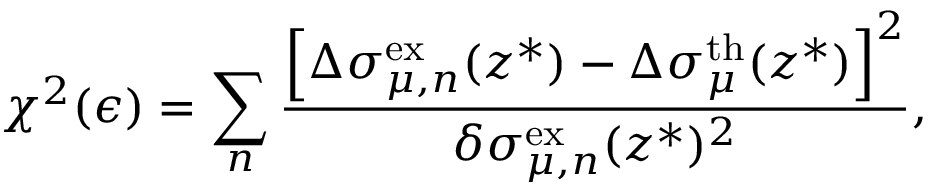
\chi ^ { 2 } ( \epsilon ) = \sum _ { n } \frac { \left[ \Delta \sigma _ { \mu , n } ^ { \mathrm { e x } } ( z ^ { * } ) - \Delta \sigma _ { \mu } ^ { \mathrm { t h } } ( z ^ { * } ) \right] ^ { 2 } } { \delta \sigma _ { \mu , n } ^ { \mathrm { e x } } ( z ^ { * } ) ^ { 2 } } ,